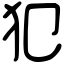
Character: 犯